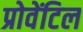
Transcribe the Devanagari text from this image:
प्रोवेंटिल